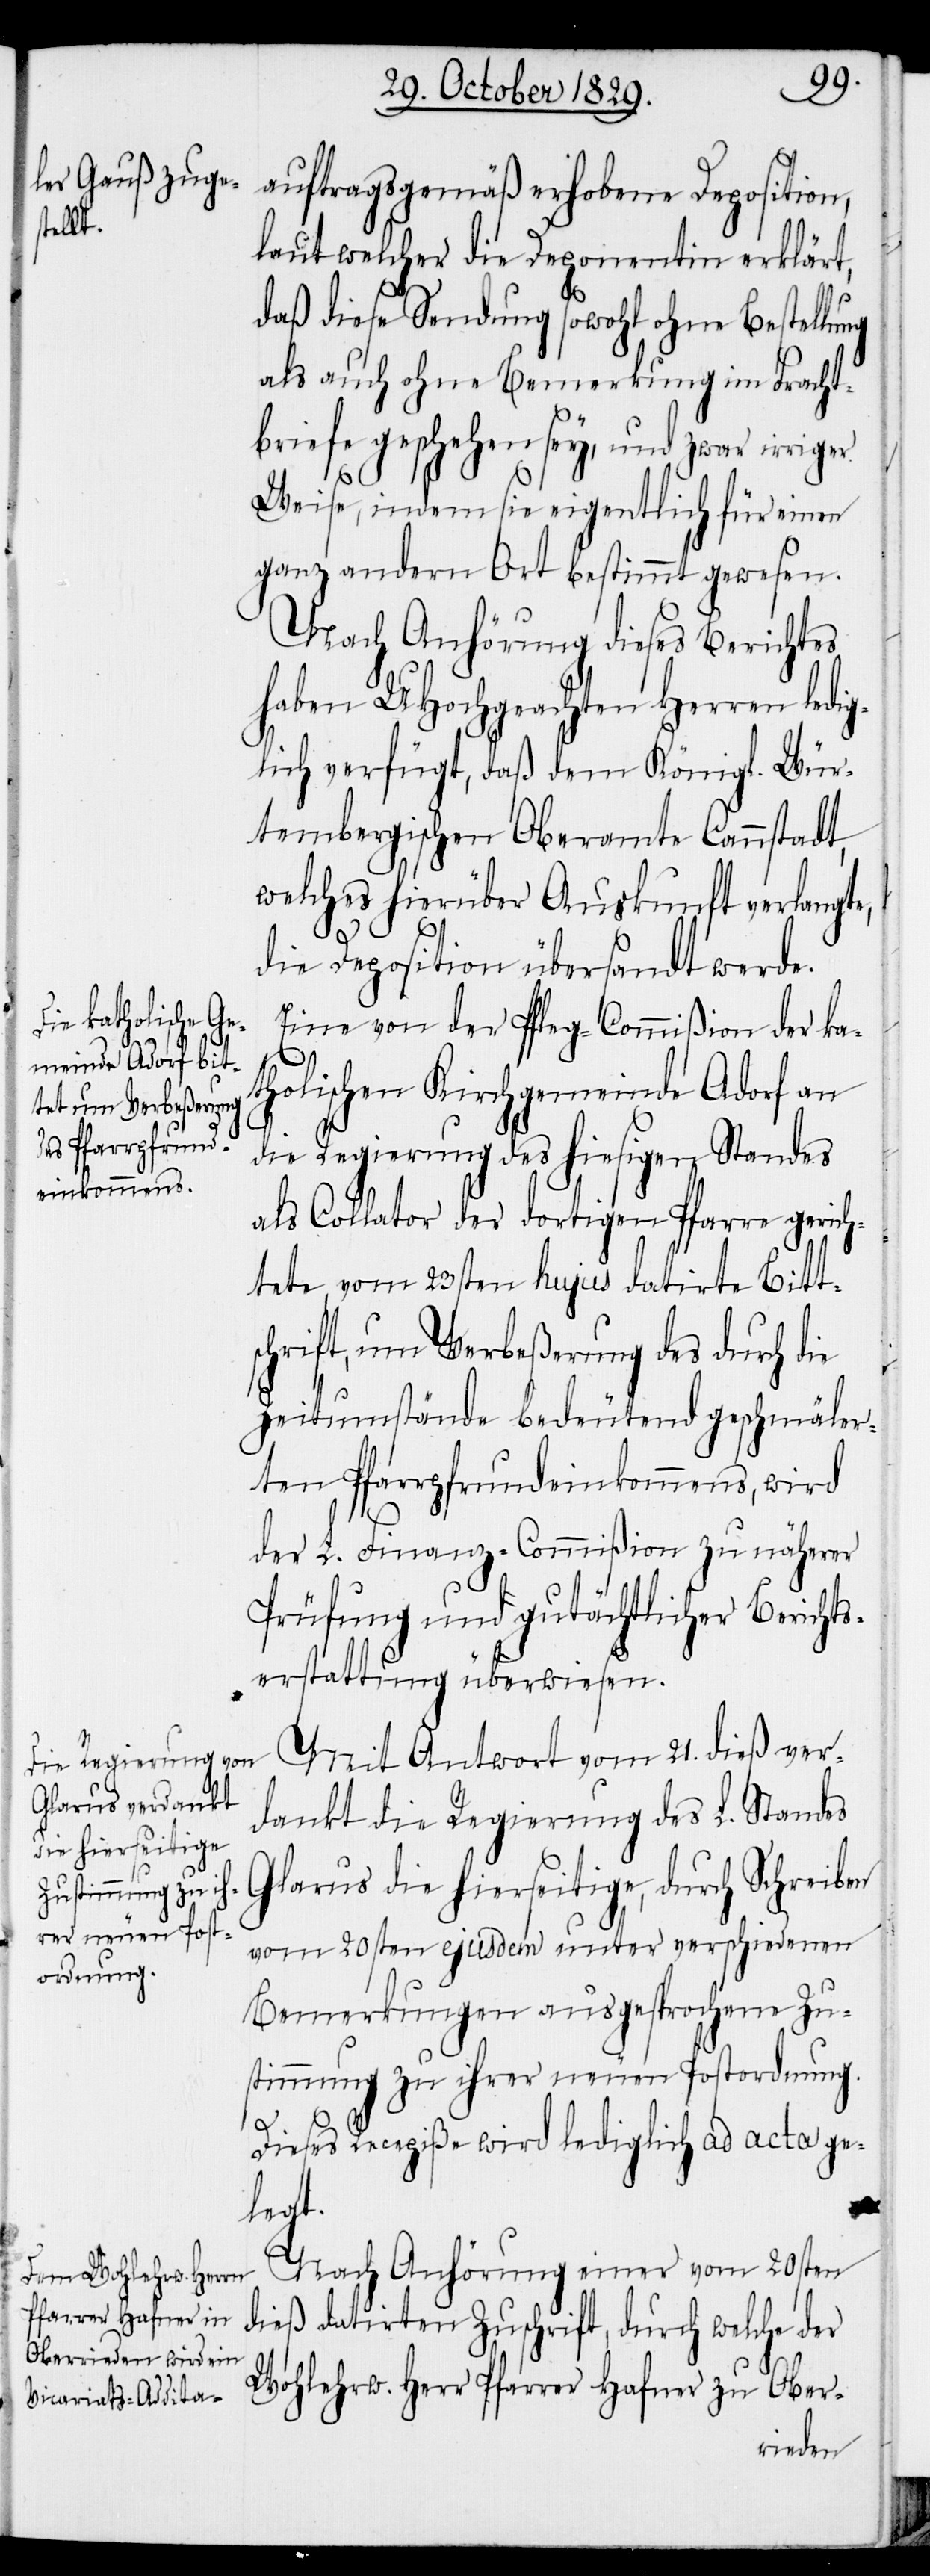
auftragsgemäß erhobene Deposition,
laut welcher die Deponentin erklärt,
daß diese Sendung sowohl ohne Bestellu¬
als auch ohne Bemerkung im Fracht¬
briefe geschehen sey, und zwar irriger
Weise, indem sie eigentlich für einen
ganz andern Ort bestimmt gewesen.
Nach Anhörung dieses Berichtes
haben UHochgeachten Herren ledig¬
lich verfügt, daß dem Königl. Wür¬
tembergischen Oberamte Cannstadt,
welches hierüber Auskunft verlangte,
die Deposition übersandt werde.
Eine von der Pfleg-Commißion der ka¬
tholischen Kirchgemeinde Adorf an
die Regierung des hiesigen Standes
als Collator der dortigen Pfarre gerich¬
tete, vom 23sten hujus datirte Bitt¬
schrift, um Verbeßerung des durch die
Zeitumstände bedeutend geschmäler¬
ten Pfarrpfrundeinkommens, wird
der L. Finanz-Commißion zu näherer
Prüfung und gutächtlicher Bericht¬
erstattung überwiesen.
Mit Antwort vom 21. dieß ver¬
dankt die Regierung des L. Standes
Glarus die hierseitige, durch Schreiben
vom 20sten ejusdem unter verschiedenen
Bemerkungen ausgesprochene Zu¬
stimmung zu ihrer neuen Postordnung.
Dieses Recepiße wird lediglich ad acta ge¬
ng
legt.
Nach Anhörung einer vom 20sten
dieß datirten Zuschrift, durch welche der
Wohlehrw. Herr Pfarrer Hafner zu Ober-